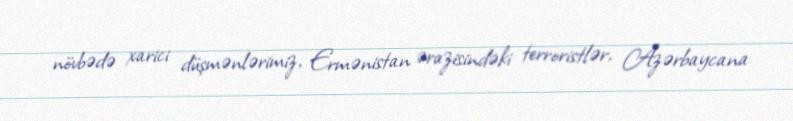
növbədə xarici düşmənlərimiz, Ermənistan ərazisindəki terroristlər, Azərbaycana